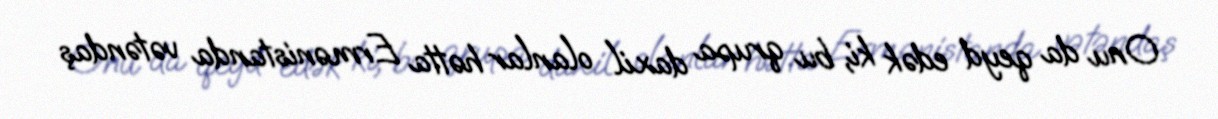
Onu da qeyd edək ki, bu qrupa daxil olanlar hətta Ermənistanda vətəndaş